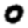
Digit: 0